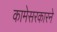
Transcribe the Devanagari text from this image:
कामेसरकारने